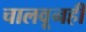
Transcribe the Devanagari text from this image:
चालवूनही